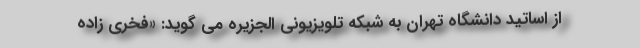
از اساتید دانشگاه تهران به شبکه تلویزیونی الجزیره می گوید: «فخری زاده